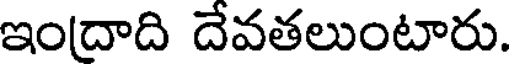
ఇందాది దేవతలుంటారు.